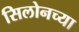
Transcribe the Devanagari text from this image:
सिलोनच्या